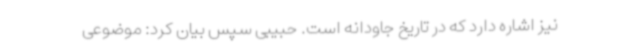
نیز اشاره دارد که در تاریخ جاودانه است. حبیبی سپس بیان کرد: موضوعی